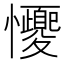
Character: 𢥝